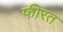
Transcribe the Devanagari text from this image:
फीरत